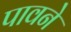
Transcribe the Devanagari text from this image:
पावने